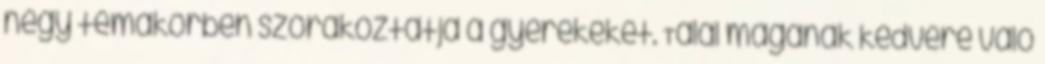
négy témakörben szórakoztatja a gyerekeket. Talál magának kedvére való